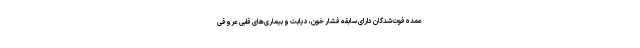
عمده فوت‌شدگان دارای سابقه فشار خون، دیابت و بیماری‌های قلبی عروقی